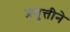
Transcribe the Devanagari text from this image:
प्रवृत्तीने